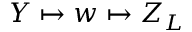
Y \mapsto w \mapsto Z _ { L }